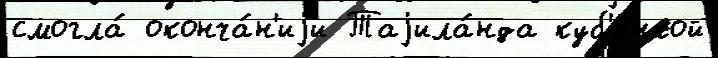
смогла́ оконча́н'иjи Таjила́нда куб'и́нкой